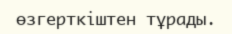
өзгерткіштен тұрады.